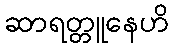
ဆာရတ္တူနေဟိ